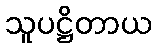
သူပဋ္ဌိတာယ